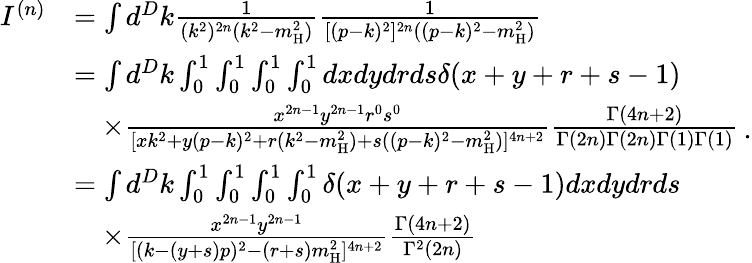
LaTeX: \begin{array}{rl}{I^{(n)}}&{=\int d^{D}k\frac{1}{(k^{2})^{2n}(k^{2}-m_{\mathrm{H}}^{2})}\frac{1}{[(p-k)^{2}]^{2n}((p-k)^{2}-m_{\mathrm{H}}^{2})}}\\ &{=\int d^{D}k\int_{0}^{1}\int_{0}^{1}\int_{0}^{1}\int_{0}^{1}dxdydrds\delta(x+y+r+s-1)}\\ &{\quad\times\frac{x^{2n-1}y^{2n-1}r^{0}s^{0}}{[xk^{2}+y(p-k)^{2}+r(k^{2}-m_{\mathrm{H}}^{2})+s((p-k)^{2}-m_{\mathrm{H}}^{2})]^{4n+2}}\frac{\Gamma(4n+2)}{\Gamma(2n)\Gamma(2n)\Gamma(1)\Gamma(1)}}\\ &{=\int d^{D}k\int_{0}^{1}\int_{0}^{1}\int_{0}^{1}\int_{0}^{1}\delta(x+y+r+s-1)dxdydrds}\\ &{\quad\times\frac{x^{2n-1}y^{2n-1}}{[(k-(y+s)p)^{2}-(r+s)m_{\mathrm{H}}^{2}]^{4n+2}}\frac{\Gamma(4n+2)}{\Gamma^{2}(2n)}}\end{array}\, .